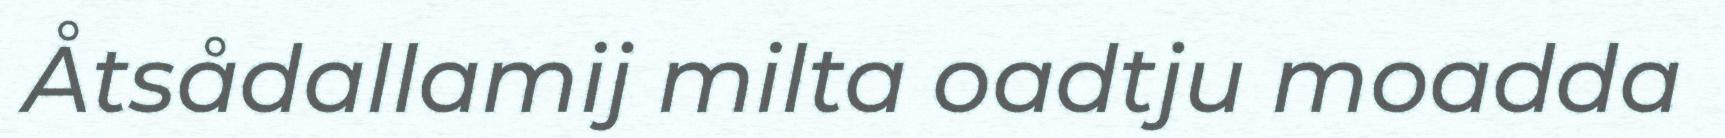
Åtsådallamij milta oadtju moadda